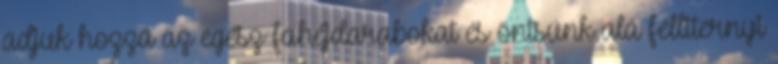
adjuk hozzá az egész fahéjdarabokat és öntsünk alá félliternyi